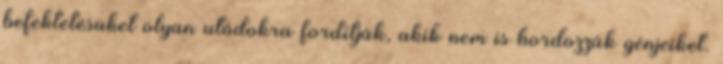
befektetésüket olyan utódokra fordítják, akik nem is hordozzák génjeiket.